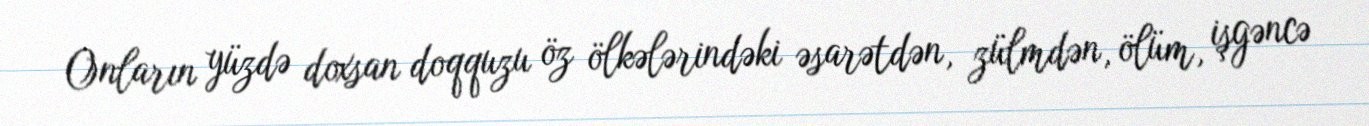
Onların yüzdə doxsan doqquzu öz ölkələrindəki əsarətdən, zülmdən, ölüm, işgəncə